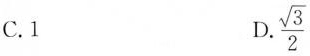
C.1 D.\frac{\sqrt{3}}{2}